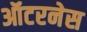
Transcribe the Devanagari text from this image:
ऑटरनेस